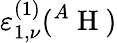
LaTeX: \varepsilon_{1,\nu}^{(1)}({}^{A}\mathrm{~H~})